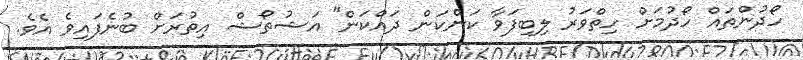
ހޯދުންތަައް ހޯދުމަށް ހިތްވަރު ލިބިފަވާ ކަންކަން ދައްކަން'' އަޝުތޯޝް އިތުރަށް ބުނެފައިވެ އެވެ.